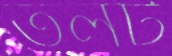
তলট